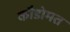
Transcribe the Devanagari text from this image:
कौडोमत